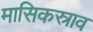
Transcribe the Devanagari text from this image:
मासिकस्राव